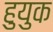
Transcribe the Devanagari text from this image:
हुयुक